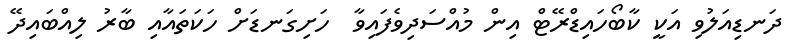
ދަނޑިއަލުވި އަކީ ކާބޯހައިޑްރޭޓް އިން މުއްސަދިވެފައިވާ  ހަށިގަނޑަށް ހަކަތައާއި ބާރު ލިއްބައިދޭ